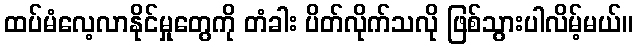
ထပ်မံလေ့လာနိုင်မှုတွေကို တံခါး ပိတ်လိုက်သလို ဖြစ်သွားပါလိမ့်မယ်။